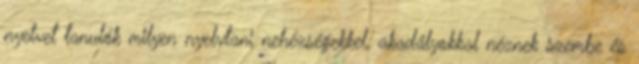
nyelvet tanulók milyen nyelvtani nehézségekkel, akadályokkal néznek szembe és